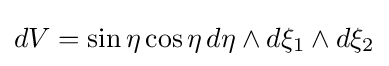
dV=\sin \eta \cos \eta \,d\eta \wedge d\xi _{1}\wedge d\xi _{2}